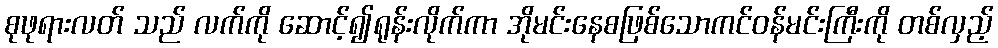
စုဖုရားလတ် သည် လက်ကို ဆောင့်၍ရုန်းလိုက်ကာ အိုမင်းနေစဖြစ်သောကင်ဝန်မင်းကြီးကို တစ်လှည့်